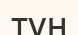
түн